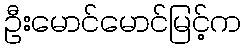
ဦးမောင်မောင်မြင့်က